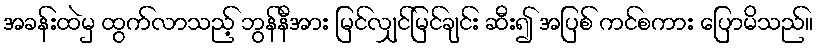
အခန်းထဲမှ ထွက်လာသည့် ဘွန်နီအား မြင်လျှင်မြင်ချင်း ဆီး၍ အပြစ် ကင်စကား ပြောမိသည်။